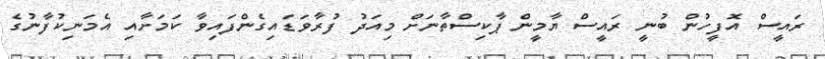
ރައީސް އޮފީހުން ބުނީ ރައީސް ޔާމީން ޕާކިސްތާނަށް މިއަދު ފުރާވަޑައިގެންފައިވާ ކަމަށާއި އެމަނިކުފާނުގެ